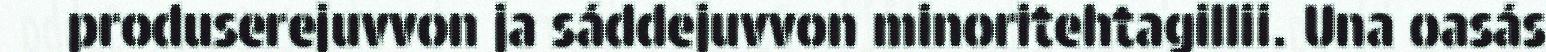
produserejuvvon ja sáddejuvvon minoritehtagillii. Una oasás